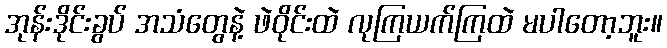
အုန်းဒိုင်းခွပ် အသံတွေနဲ့ ဖဲဝိုင်းထဲ လုကြယက်ကြထဲ မပါတော့ဘူး။